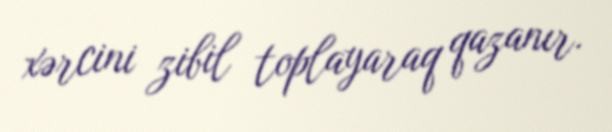
xərcini zibil toplayaraq qazanır.